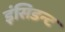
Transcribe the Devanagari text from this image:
इंसिडन्ट